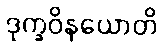
ဒုက္ခဝိနယောတိ